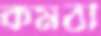
কমঠী